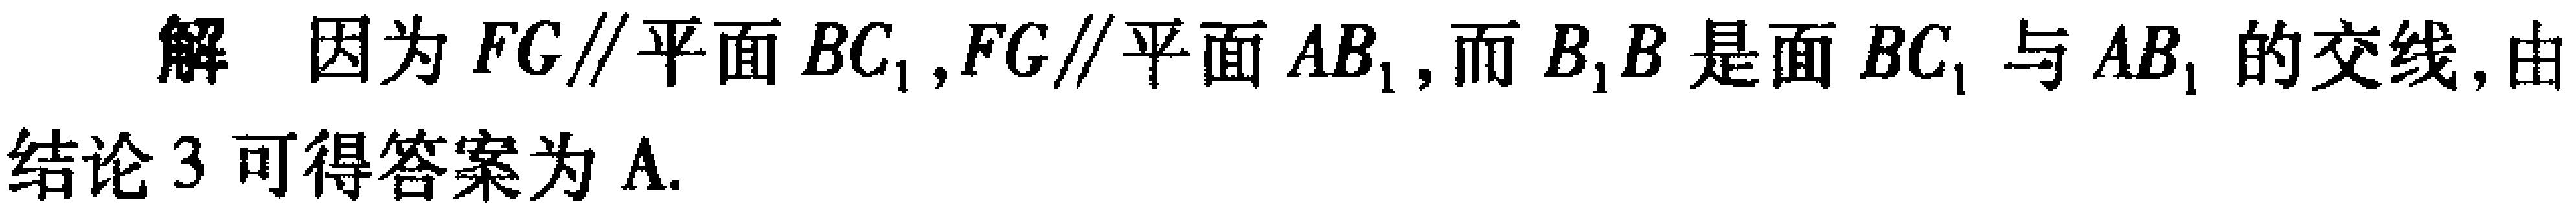
解 因为 \(FG\parallel\)平面 \(BC_{1}\),\(FG\parallel\)平面 \(AB_{1}\), 而 \(B_{1}B\) 是面 \(BC_{1}\) 与 \(AB_{1}\) 的交线,由结论 3 可得答案为 A.